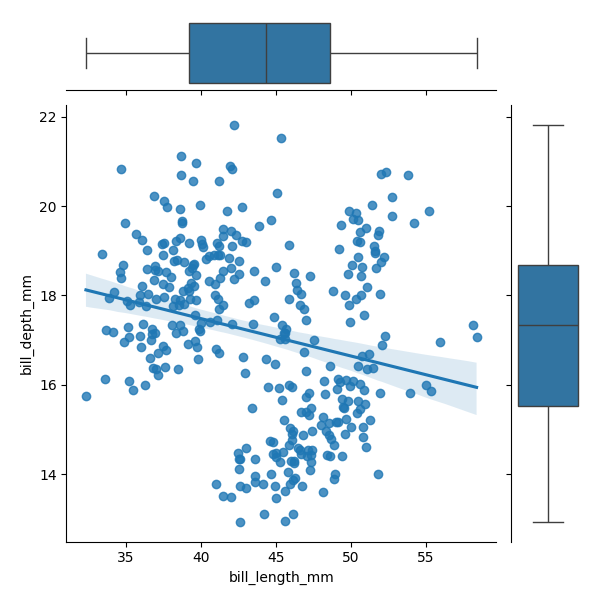
python, seaborn, JointGrid, regplot, boxplot